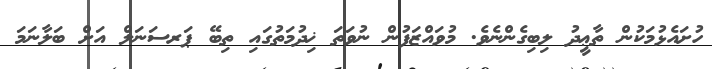
ހުށައެޅުމަކުން ތާޢީދު ލިބިގެންނެވެ. މުވައްޒަފުން ނުވަތަ ޚިދުމަތުގައި ތިބޭ ޕަރސަނަލް އަށް ބަލާނަމަ